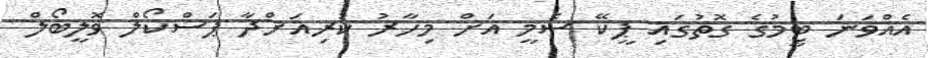
އެއްވަނަ ޓީމުގެ ގޮތުގައި ޕީކޭ ސެމީ އަށް މިހާރު ކުރިއަށްދާ ޕަސްކޯލް ވޮލީބޯލް